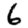
Digit: 6